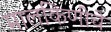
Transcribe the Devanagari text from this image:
मालकिणीचे